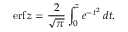
\operatorname { e r f } z = { \frac { 2 } { \sqrt { \pi } } } \int _ { 0 } ^ { z } e ^ { - t ^ { 2 } } \, d t .